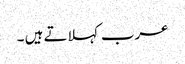
عرب کہلاتے ہیں ۔